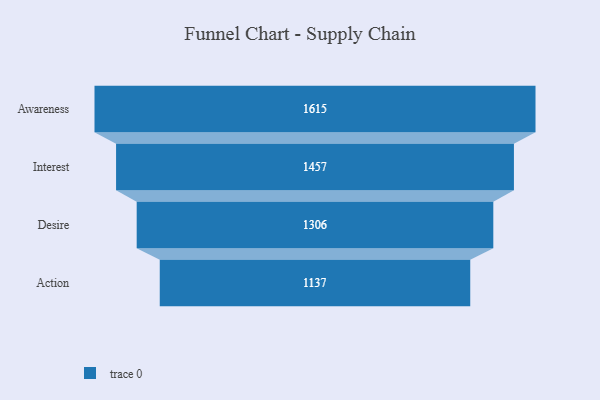
{"axis": {"x": "Stage", "y": "Value"}, "legend": [""], "data": [{"x": "Awareness", "y": 1615.0, "type": ""}, {"x": "Interest", "y": 1457.0, "type": ""}, {"x": "Desire", "y": 1306.0, "type": ""}, {"x": "Action", "y": 1137.0, "type": ""}]}